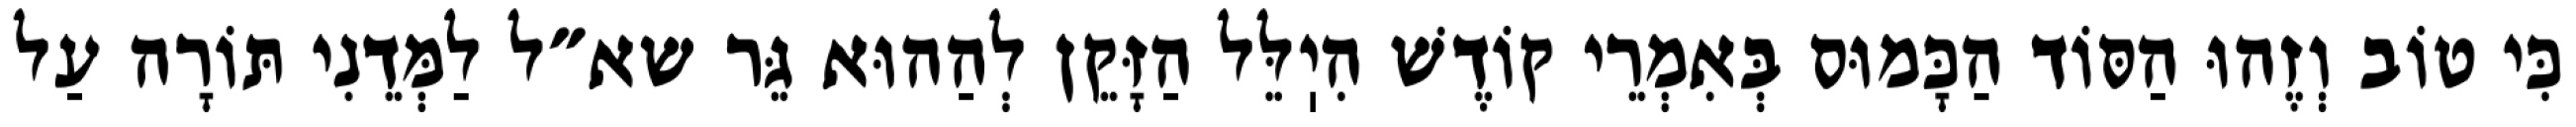
כִּי טוֹב וְזֶהוּ הַסּוֹד הַכָּמוּס בְּאִמְרֵי קוֹדֶשׁ הִיֽלֵּל הַזָּקֵן לְהַהוּא גֵּר שא״ל לַמְּדֵנִי תּוֹרָה עַל